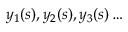
y _ { 1 } ( s ) , y _ { 2 } ( s ) , y _ { 3 } ( s ) \ldots